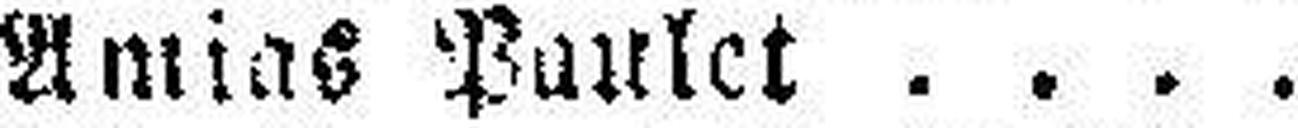
Amias Paulet Hr. Baillant.